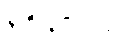
၃၅,၀၀၀